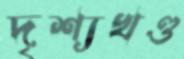
দৃশ্যখণ্ড